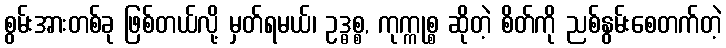
စွမ်းအားတစ်ခု ဖြစ်တယ်လို့ မှတ်ရမယ်၊ ဥဒ္ဓစ္စ, ကုက္ကုစ္စ ဆိုတဲ့ စိတ်ကို ညစ်နွမ်းစေတက်တဲ့